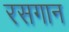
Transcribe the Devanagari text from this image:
रसगान